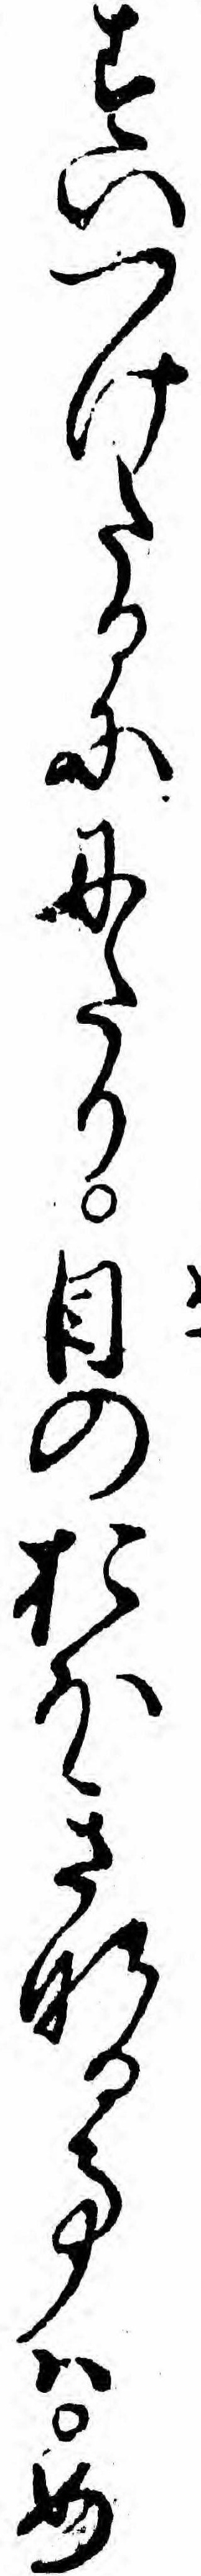
すいつけたるににたり目のおほきなる事ハめ